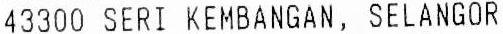
43300 SERI KEMBANGAN, SELANGOR